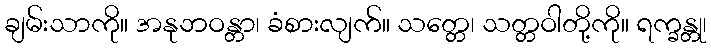
ချမ်းသာကို။ အနုဘဝန္တာ၊ ခံစားလျက်။ သတ္တေ၊ သတ္တဝါတို့ကို။ ရက္ခန္တု၊